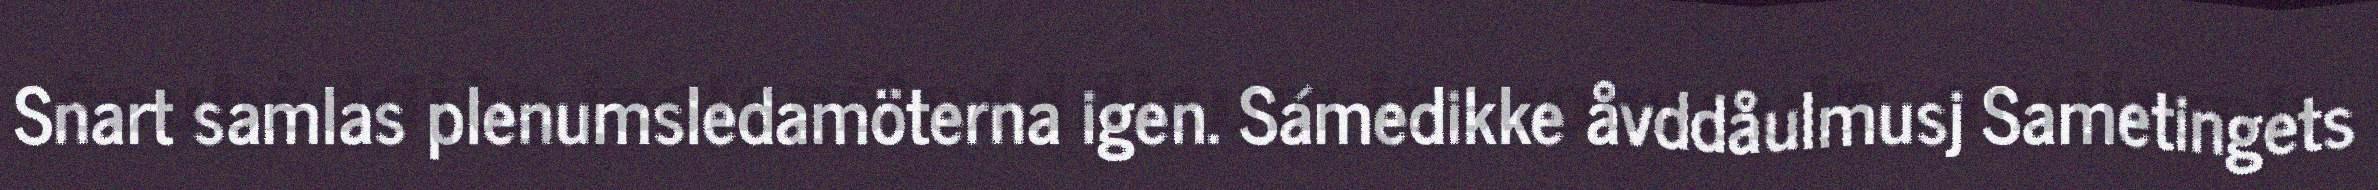
Snart samlas plenumsledamöterna igen. Sámedikke åvddåulmusj Sametingets